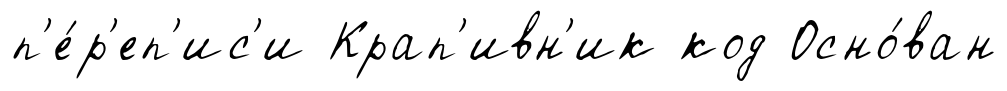
п'е́р'еп'ис'и Крап'ивн'ик код Осно́ван